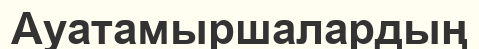
Ауатамыршалардың